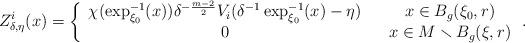
LaTeX: \begin{align*}Z_{\delta,\eta}^{i}(x)=\left\{ \begin{array}{ccc}\chi(\exp_{\xi_{0}}^{-1}(x))\delta^{-\frac{m-2}{2}}V_{i}(\delta^{-1}\exp_{\xi_{0}}^{-1}(x)-\eta) & & x\in B_{g}(\xi_{0},r)\\0 & & x\in M\smallsetminus B_{g}(\xi,r)\end{array}\right..\end{align*}